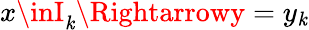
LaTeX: x\inI_{\mathit{k}}\Rightarrowy=y_{\mathit{k}}